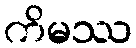
ကိမဿ